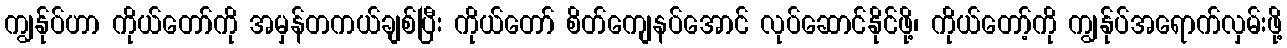
ကျွန်ုပ်ဟာ ကိုယ်တော်ကို အမှန်တကယ်ချစ်ပြီး ကိုယ်တော် စိတ်ကျေနပ်အောင် လုပ်ဆောင်နိုင်ဖို့၊ ကိုယ်တော့်ကို ကျွန်ုပ်အရောက်လှမ်းဖို့